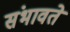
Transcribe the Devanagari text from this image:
संभावते